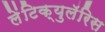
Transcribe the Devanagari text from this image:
लेंटिक्युलॅरिस